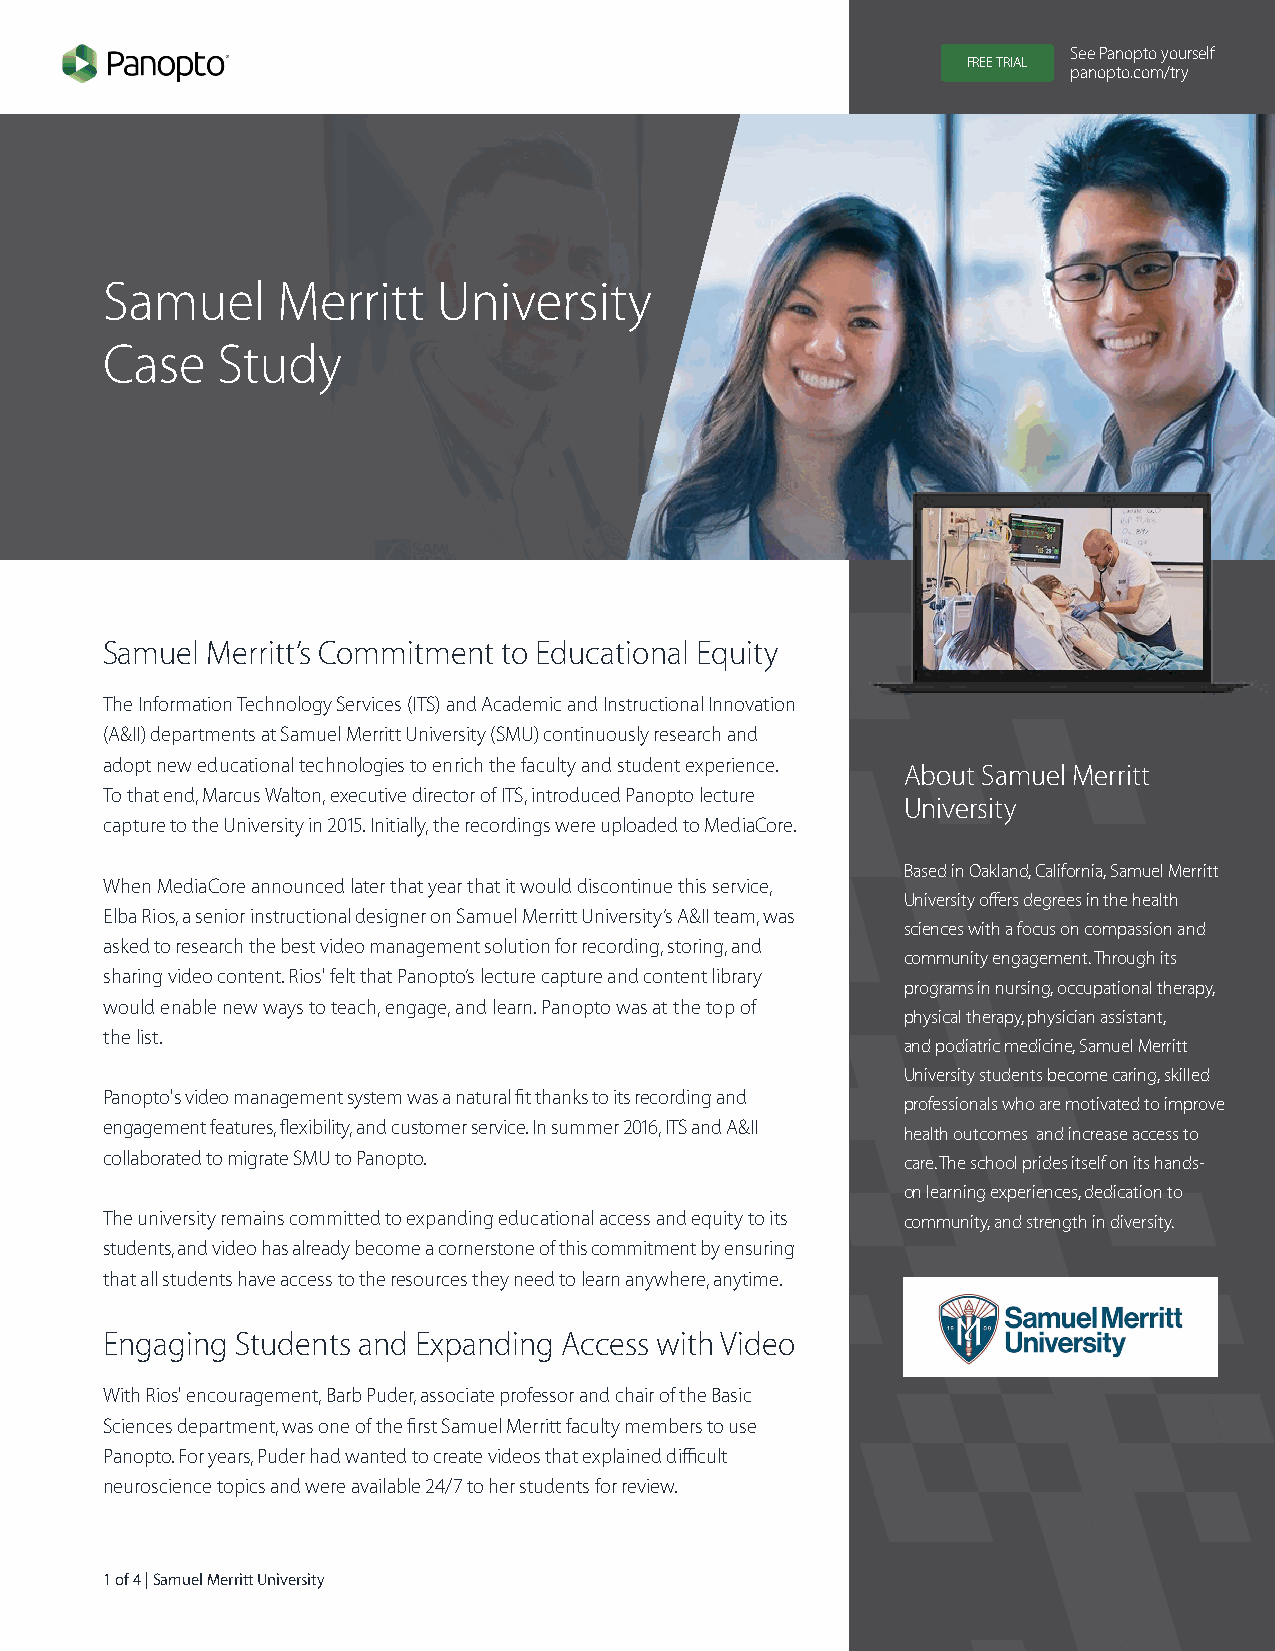
See Panopto yourself
 FREE TRIAL
 panopto.com/try
 Samuel     Merritt    University
 Case   Study
 Samuel Merritt’s Commitment to Educational Equity
 The Information Technology Services (ITS) and Academic and Instructional Innovation
 (A&II) departments at Samuel Merritt University (SMU) continuously research and
 adopt new educational technologies to enrich the faculty and student experience.
 About Samuel Merritt
 To that end, Marcus Walton, executive director of ITS, introduced Panopto lecture
 University
 capture to the University in 2015. Initially, the recordings were uploaded to MediaCore.
 Based in Oakland, California, Samuel Merritt
 When MediaCore announced later that year that it would discontinue this service,
 University offers degrees in the health
 Elba Rios, a senior instructional designer on Samuel Merritt University’s A&II team, was
 sciences with a focus on compassion and
 asked to research the best video management solution for recording, storing, and
 community engagement. Through its
 sharing video content. Rios' felt that Panopto’s lecture capture and content library
 programs in nursing, occupational therapy,
 would enable new ways to teach, engage, and learn. Panopto was at the top of
 physical therapy, physician assistant,
 the list.
 and podiatric medicine, Samuel Merritt
 University students become caring, skilled
 Panopto's video management system was a natural fit thanks to its recording and
 professionals who are motivated to improve
 engagement features, flexibility, and customer service. In summer 2016, ITS and A&II
 health outcomes and increase access to
 collaborated to migrate SMU to Panopto.              care. The school prides itself on its hands-
 on learning experiences, dedication to
 The university remains committed to expanding educational access and equity to its community, and strength in diversity.
 students, and video has already become a cornerstone of this commitment by ensuring
 that all students have access to the resources they need to learn anywhere, anytime.
 Engaging Students and Expanding Access with Video
 With Rios' encouragement, Barb Puder, associate professor and chair of the Basic
 Sciences department, was one of the first Samuel Merritt faculty members to use
 Panopto. For years, Puder had wanted to create videos that explained difficult
 neuroscience topics and were available 24/7 to her students for review.
 1 of 4 | Samuel Merritt University                               Panopto.com